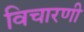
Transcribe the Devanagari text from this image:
विचारणी